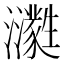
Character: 㶙